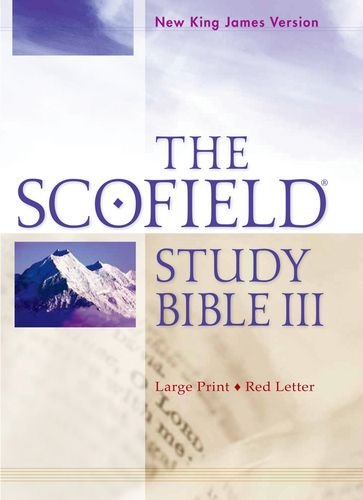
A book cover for The Scofield Study Bible III, NKJV, Large Print Edition; Christian Books & Bibles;